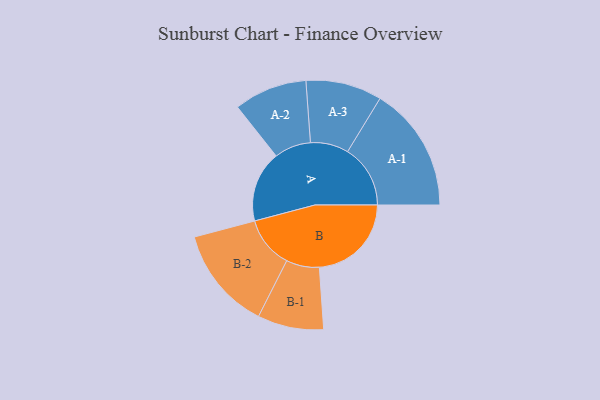
{"axis": {"x": "Segment", "y": "Value"}, "legend": ["", "A", "B"], "data": [{"x": "A", "y": 340, "type": ""}, {"x": "B", "y": 440, "type": ""}, {"x": "A-1", "y": 300, "type": "A"}, {"x": "A-2", "y": 175, "type": "A"}, {"x": "A-3", "y": 182, "type": "A"}, {"x": "B-1", "y": 158, "type": "B"}, {"x": "B-2", "y": 247, "type": "B"}]}